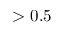
> 0 . 5